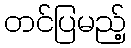
တင်ပြမည့်